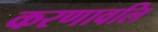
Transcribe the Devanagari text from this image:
करणावलि